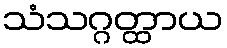
သံသဂ္ဂတ္ထာယ